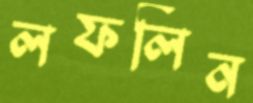
লফলিন